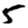
Digit: 5